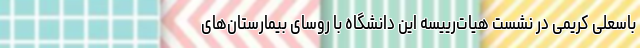
باسعلی کریمی در نشست هیات‌رییسه این دانشگاه با روسای بیمارستان‌های